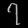
Digit: ၇